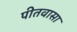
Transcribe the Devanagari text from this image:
पीतवासा